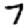
Digit: 7